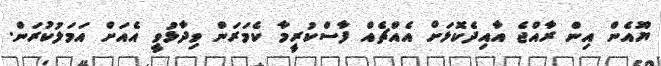
ޔޫއެން އިން ރާއްޖެ އާއިދެކޮޅަށް އެއްޗެއް ފާސްކުރީމާ ކެމަރަން ވިދާޅުވީ އެއަށް އަމަލުކުރަން.